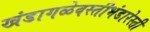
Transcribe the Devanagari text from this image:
खंडागळेवस्तीभंडारेस्ती